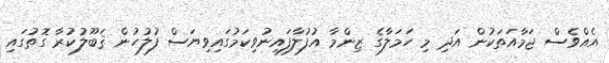
އެއްވެސް ޖަމާއަތަކުން އަދި މި ހަމަލާގެ ޒިންމާ އުފުލާފައިނުވިކަމުގައިވިޔަސް ފުލުހުން ޤަބޫލުކުރާ ގޮތުގައި